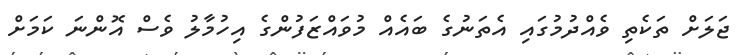
ޖަލަށް ތަކެތި ވެއްދުމުގައި އެތަނުގެ ބައެއް މުވައްޒަފުންގެ އިހުމާލު ވެސް އޮންނަ ކަމަށް